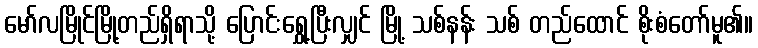
မော်လမြိုင်မြို့တည်ရှိရာသို့ ပြောင်းရွှေ့ပြီးလျှင် မြို့ သစ်နန်း သစ် တည်ထောင် စိုးစံတော်မူ၏။